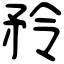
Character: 矝